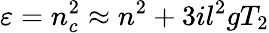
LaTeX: \varepsilon=n_{c}^{2}\approx n^{2}+3il^{2}gT_{2}